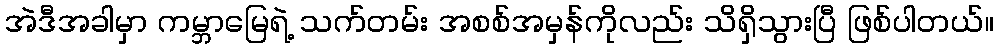
အဲဒီအခါမှာ ကမ္ဘာမြေရဲ့ သက်တမ်း အစစ်အမှန်ကိုလည်း သိရှိသွားပြီ ဖြစ်ပါတယ်။